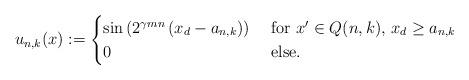
LaTeX: \begin{align*} u_{n,k}(x) := \begin{cases} \sin\left(2^{\gamma m n}\left(x_d - a_{n,k}\right)\right) &\mathrm{\ for\ } x' \in Q(n,k),\, x_d \geq a_{n,k} \\ 0 &\mathrm{\ else}.\end{cases}\end{align*}